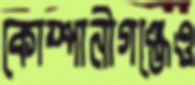
কোম্পানীগঞ্জেও